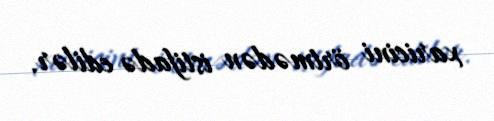
xaricini örtmədən istifadə edilər.